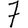
Digit: 7